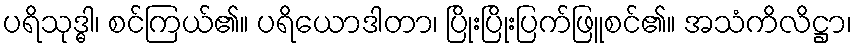
ပရိသုဒ္ဓါ၊ စင်ကြယ်၏။ ပရိယောဒါတာ၊ ပြိုးပြိုးပြက်ဖြူစင်၏။ အသံကိလိဋ္ဌာ၊